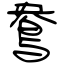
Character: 鴦